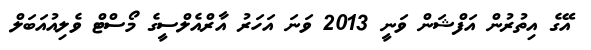
އޭގެ އިތުރުން އަފްޝަން ވަނީ 2013 ވަނަ އަހަރު އާރްއެލްސީގެ މޯސްޓް ވެލިއުއަބަލް